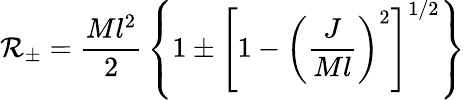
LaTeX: \mathcal{R}_{\pm}={\frac{{Ml^{2}}}{{2}}}\left\{ 1\pm\left[1-\left({\frac{{J}}{{Ml}}}\right)^{2}\right]^{1/2}\right\}